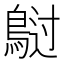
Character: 𲍡